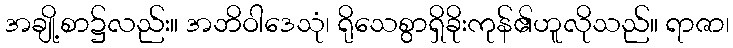
အချို့စာ၌လည်း။ အဘိဝါဒေသုံ၊ ရိုသေစွာရှိခိုးကုန်၏ဟူလိုသည်။ ရာဇာ၊